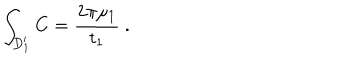
\int _ { D _ { 1 } ^ { \prime } } C = { \frac { 2 \pi \mu _ { 1 } } { t _ { 1 } } } \ .